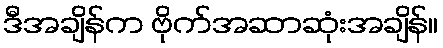
ဒီအချိန်က ဗိုက်အဆာဆုံးအချိန်။